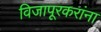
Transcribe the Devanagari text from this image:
विजापूरकरांना